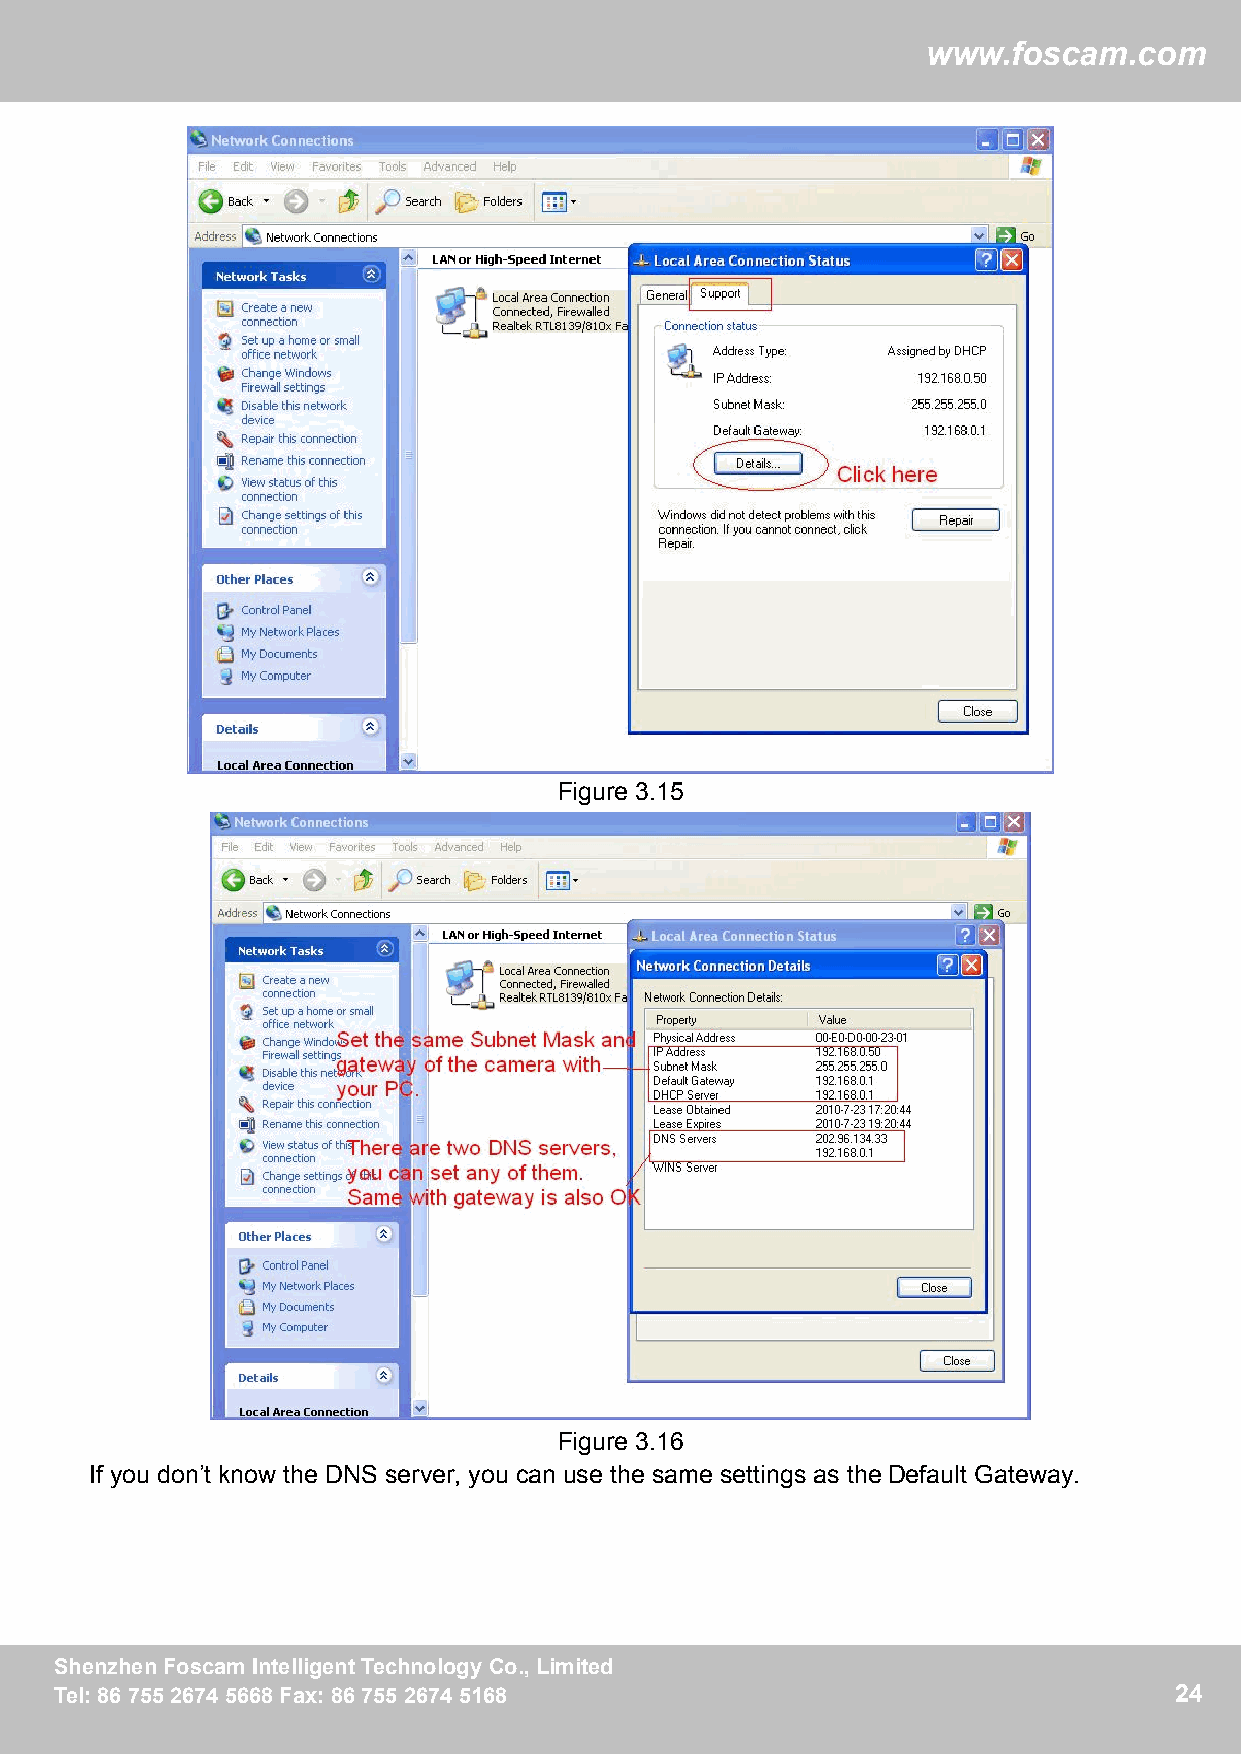
ww
 wwwwww..ffoossccaamm..ccoomm
 Figure 3.15
 Figure 3.16
 If you don’t know the DNS server, you can use the same settings as the Default Gateway.
 SShheennzzhheennFFoossccaammIInntteelllliiggeennttTTeecchhnnoollooggyyCCoo..,,LLiimmiitteedd 24
 TTeell::88667755552266774455666688FFaaxx::88667755552266774455116688      24